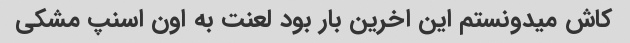
کاش میدونستم این اخرین بار بود لعنت به اون اسنپ مشکی